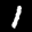
Label: 1